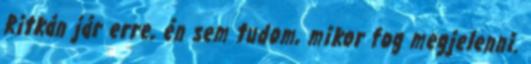
Ritkán jár erre, én sem tudom, mikor fog megjelenni.